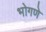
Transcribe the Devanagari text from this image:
भोगणे